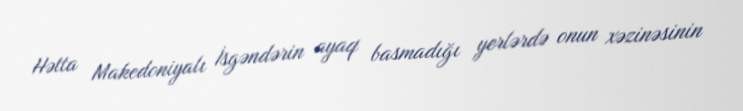
Hətta Makedoniyalı İsgəndərin ayaq basmadığı yerlərdə onun xəzinəsinin